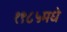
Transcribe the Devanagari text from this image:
१९८५मधे